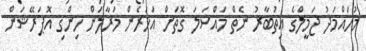
މުހައްމަދު ޖަމީލްގެ އިތުބާރު ނެތް މައްސަލަ ގޮތަށް އަހަރެން މަރާލަން ހިންގި އޮޕަރޭޝަން